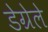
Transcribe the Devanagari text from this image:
डेग्रेले